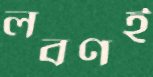
লবণই